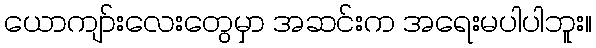
ယောကျာ်းလေးတွေမှာ အဆင်းက အရေးမပါပါဘူး။